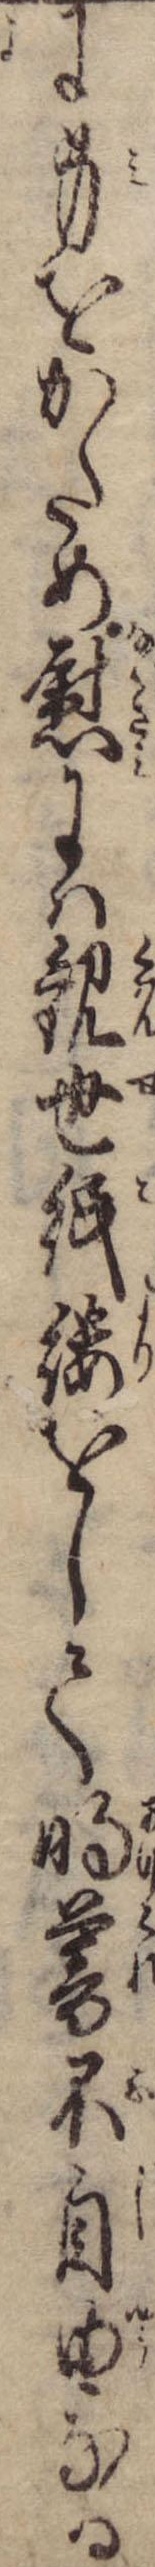
に身をかため慰には観世紙縷をして明暮不自由なる